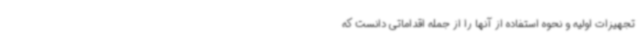
تجهیزات اولیه و نحوه استفاده از آنها را از جمله اقداماتی دانست که